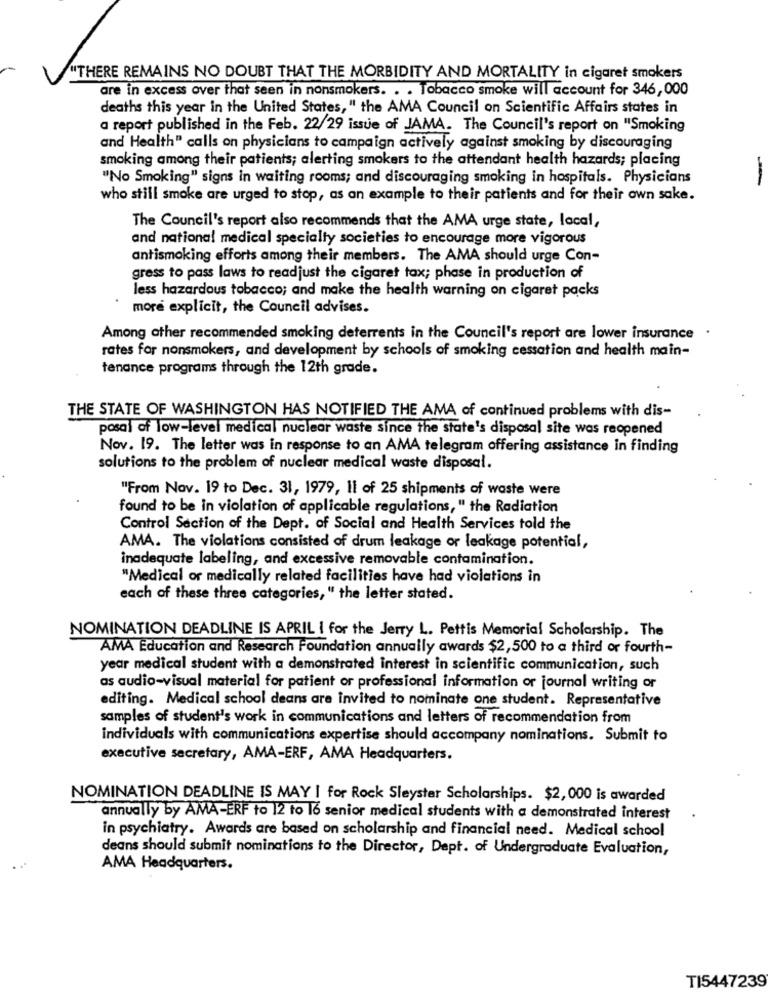
"THERE REMAINS NO DOUBT THAT THE MORBIDITY AND MORTALITY in cigaret smokers
are in excess over that seen in nonsmokers. . . Tobacco smoke will account for 346, 000
deaths this year in the United States, " the AMA Council on Scientific Affairs states in
a report published in the Feb. 22/29 issue of JAMA. The Council's report on "Smoking
and Health" calls on physicians to campaign actively against smoking by discouraging
smoking among their patients; alerting smokers to the attendant health hazards; placing
"No Smoking" signs in waiting rooms; and discouraging smoking in hospitals. Physicians
-
who still smoke are urged to stop, as an example to their patients and for their own sake.
The Council's report also recommends that the AMA urge state, local,
and national medical specialty societies to encourage more vigorous
antismoking efforts among their members. The AMA should urge Con-
gress to pass laws to readjust the cigaret tax; phase in production of
less hazardous tobacco; and make the health warning on cigaret packs
more explicit, the Council advises.
Among other recommended smoking deterrents in the Council's report are lower insurance .
rates for nonsmokers, and development by schools of smoking cessation and health main-
tenance programs through the 12th grade.
THE STATE OF WASHINGTON HAS NOTIFIED THE AMA of continued problems with dis-
posal of low-level medical nuclear waste since the state's disposal site was reopened
Nov. 19. The letter was in response to an AMA telegram offering assistance in finding
solutions to the problem of nuclear medical waste disposal.
"From Nov. 19 to Dec. 31, 1979, Il of 25 shipments of waste were
found to be in violation of applicable regulations, " the Radiation
Control Saction of the Dept. of Social and Health Services told the
AMA. The violations consisted of drum leakage or leakage potential,
inadequate labeling, and excessive removable contamination.
"Medical or medically related facilities have had violations in
each of these three categories, " the letter stated.
NOMINATION DEADLINE IS APRIL I for the Jerry L. Pettis Memorial Scholarship. The
AMA Education and Research Foundation annually awards $2,500 to a third or fourth-
year medical student with a demonstrated interest in scientific communication, such
as audio-visual material for patient or professional information or journal writing or
editing. Medical school deans are invited to nominate one student. Representative
samples of student's work in communications and letters of recommendation from
individuals with communications expertise should accompany nominations. Submit to
executive secretary, AMA-ERF, AMA Headquarters.
NOMINATION DEADLINE IS MAY I for Rock Sleystar Scholarships. $2, 000 is awarded
annually by AMA-ERF to 12 to 16 senior medical students with a demonstrated interest
in psychiatry. Awards are based on scholarship and financial need. Medical school
deans should submit nominations to the Director, Dept. of Undergraduate Evaluation,
AMA Headquarters.
TI5447239